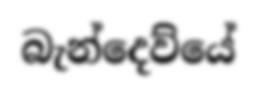
බැන්දෙව්යේ